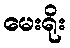
မေးရိုး